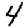
Digit: 4